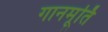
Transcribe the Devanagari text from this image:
गानमूर्ति